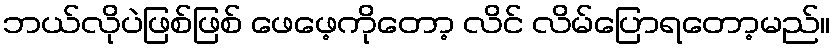
ဘယ်လိုပဲဖြစ်ဖြစ် ဖေဖေ့ကိုတော့ လိင် လိမ်ပြောရတော့မည်။